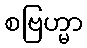
စဗြဟ္မာ